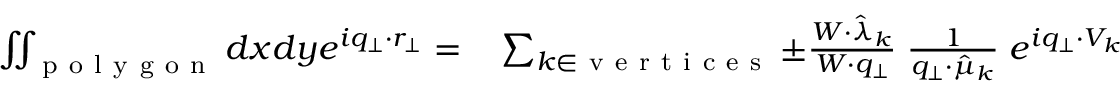
\begin{array} { r l } { \iint _ { \mathrm { ~ p ~ o ~ l ~ y ~ g ~ o ~ n ~ } } d x d y e ^ { i q _ { \perp } \cdot r _ { \perp } } = } & { { } \sum _ { k \in \mathrm { ~ v ~ e ~ r ~ t ~ i ~ c ~ e ~ s ~ } } \pm \frac { W \cdot \hat { \lambda } _ { k } } { W \cdot q _ { \perp } } \; \frac { 1 } { q _ { \perp } \cdot \hat { \mu } _ { k } } \; e ^ { i q _ { \perp } \cdot V _ { k } } } \end{array}